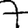
Digit: 7